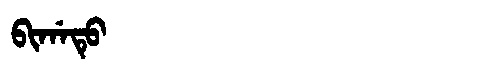
Manchu: ᠪᡳᡤᠠᡨᡠ
Romanization: BIGATU